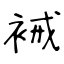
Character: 裓